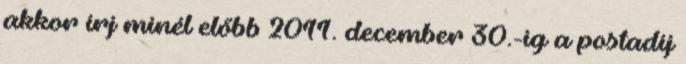
akkor írj minél előbb 2011. december 30.-ig a postadíj